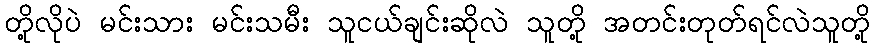
တို့လိုပဲ မင်းသား မင်းသမီး သူငယ်ချင်းဆိုလဲ သူတို့ အတင်းတုတ်ရင်လဲသူတို့